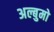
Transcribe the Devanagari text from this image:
अल्बुमो